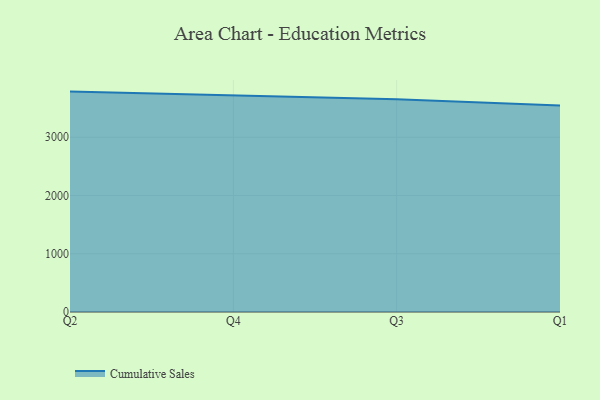
{"axis": {"x": "Quarter", "y": "Market Share (%)"}, "legend": ["Cumulative Sales"], "data": [{"x": "Q2", "y": 3784.0, "type": "Cumulative Sales"}, {"x": "Q4", "y": 3719.6, "type": "Cumulative Sales"}, {"x": "Q3", "y": 3651.1, "type": "Cumulative Sales"}, {"x": "Q1", "y": 3546.5, "type": "Cumulative Sales"}]}